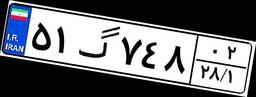
۵۱گ۷۴۸۰۲